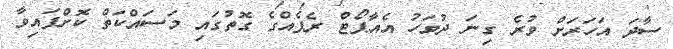
ސާދަ އަހަރަށް ވުރެ ގިނަ ދުވަހު އެއާޕޯޓް ރެޕެއްގެ ގޮތުގައި މަސައްކަތް ކޮށްފައިވާ